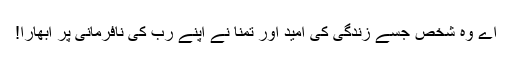
اے وہ شخص جسے زندگی کی امید اور تمنا نے اپنے رب کی نافرمانی پر ابھارا!